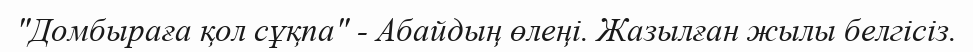
"Домбыраға қол сұқпа" - Абайдың өлеңі. Жазылған жылы белгісіз.